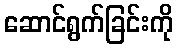
ဆောင်ရွက်ခြင်းကို